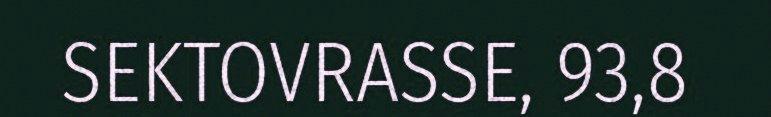
SEKTOVRASSE, 93,8